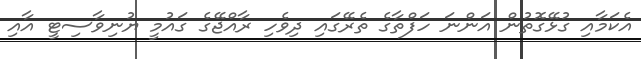
އެކަމާއި ގުޅޭގޮތުން އަންނަ ހަފްތާގެ ތެރޭގައި ދިވެހި ރާއްޖޭގެ ގައުމީ ޔުނިވާސިޓީ އާއި